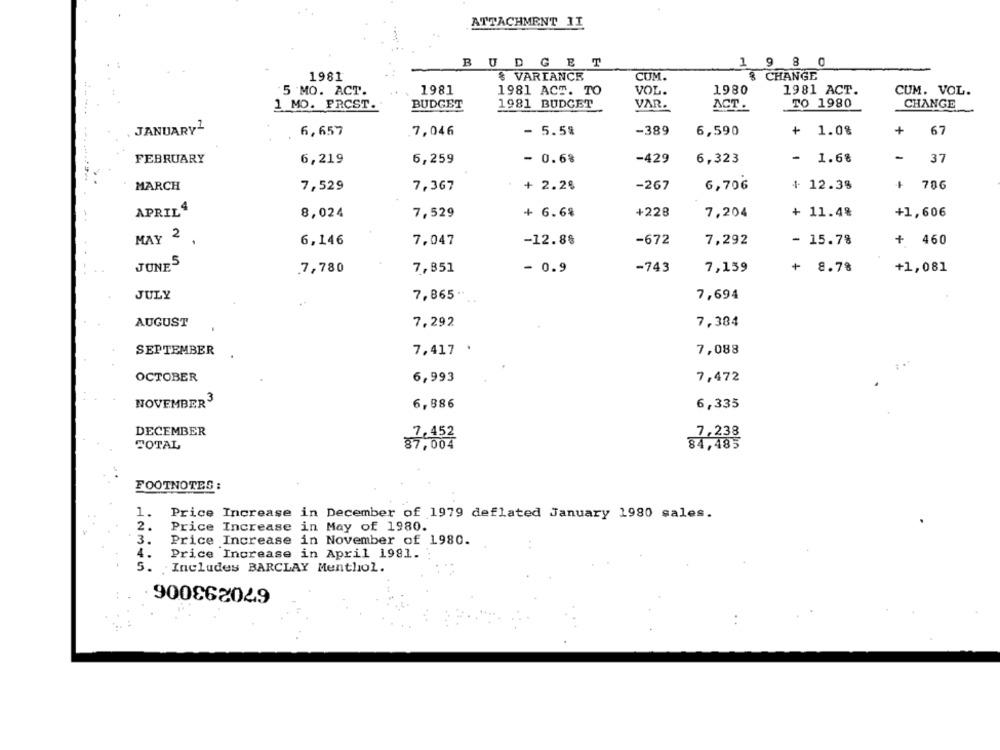
ATTACHMENT II
BUDGET
1 9 8 0
CUM.
8 CHANGE
1981
$ VARIANCE
5 MO. ACT.
1981
1981 ACT. TO
VOL.
1980
1981 ACT.
CUM. VOL.
1 MO. FRCST.
BUDGET
1981 BUDGET
VAR.
ACT.
TO 1980
CHANGE
JANUARY2
6,657
7,046
- 5.5%
-389
6,590
+ 1.0%
+
67
FEBRUARY
- 0.6%
-429
-
6,219
6,259
6,323
1.68
37
MARCH
7,529
7,367
+ 2.2%
-267
6,706
+ 12.38
+ 786
APRIL4
8,024
7,529
+ 6.6%
+228
7,204
+ 11.4%
+1,606
MAY 2 ,
6,146
-672
7,292
+ 460
7,047
-12.88
- 15.78
JUNES
7,780
7,851
- 0.9
-743
7,159
+ 8.78
+1,081
JULY
7,865 ··
7,694
7,292
7,384
AUGUST
SEPTEMBER
7,417 .
7,088
OCTOBER
6,993
7,472
NOVEMBER3
6,886
6,335
DECEMBER
7,238
TOTAL
87,004
84,485
FOOTNOTES :
1. Price Increase in December of 1979 deflated January 1980 sales.
2.
Price Increase in May of 1980.
3.
Price Increase in November of 1980.
4.
Price Increase in April 1981.
5.
Includes BARCLAY Menthol.
670293006